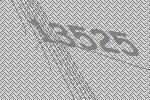
13525